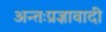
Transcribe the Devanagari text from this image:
अन्तःप्रज्ञावादी